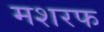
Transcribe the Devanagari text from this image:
मशरफ